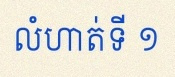
លំហាត់ទី ១